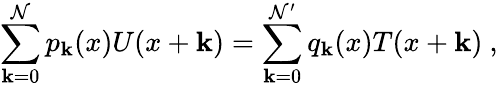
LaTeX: \sum_{\mathbf{k}=0}^{\mathcal{N}}p_{\mathbf{k}}(x)U(x+\mathbf{k})=\sum_{\mathbf{k}=0}^{\mathcal{N}^{\prime}}q_{\mathbf{k}}(x)T(x+\mathbf{k})\ ,